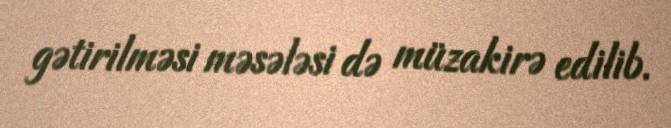
gətirilməsi məsələsi də müzakirə edilib.